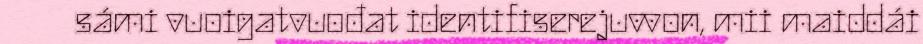
sámi vuoigatvuođat identifiserejuvvon, mii maiddái